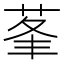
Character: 莑